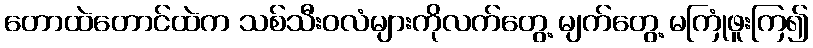
တောထဲတောင်ထဲက သစ်သီးဝလံများကိုလက်တွေ့ မျက်တွေ့ မကြုံဖူးကြ၍